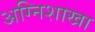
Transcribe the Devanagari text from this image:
अग्निशाखा